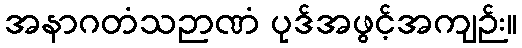
အနာဂတံသဉာဏံ ပုဒ်အဖွင့်အကျဉ်း။